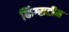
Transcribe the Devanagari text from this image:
किंग्सटीम